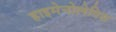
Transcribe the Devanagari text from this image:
हाइमेनोलेपिस